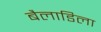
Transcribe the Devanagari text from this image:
बैलाडिला